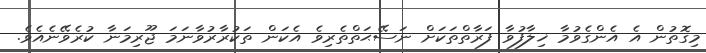
މިގޮތުން އެ އެންގެވުމާ ޚިލާފުވާ ފަރާތްތަކަށް ނަސޭޙަތްތެރިވެ އެކަން ތަކުރާރުވާނަމަ ޖޫރިމަނާ ކުރެވޭނެއެވެ.